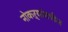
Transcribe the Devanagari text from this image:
नोकऱ्यांमधील